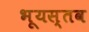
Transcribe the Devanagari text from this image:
भूयस्तव